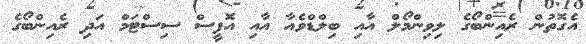
އެގޮތުން ރެއިންބޯގެ ލިވިންމޯލް އާއި ބިލްޑްވެއާ އާއި އޮފީސް ސިސްޓަމް އަދި ރެއިންބޯގެ